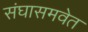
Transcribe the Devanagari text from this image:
संघासमवेत